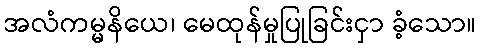
အလံကမ္မနိယေ၊ မေထုန်မှုပြုခြင်းငှာ ခံ့သော။